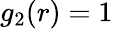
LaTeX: g_{2}(r)=1